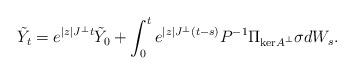
LaTeX: \begin{align*}\tilde{Y}_t = e^{|z| J^\perp t}\tilde{Y}_0 + \int_0^t e^{|z| J^\perp (t-s)}P^{-1}\Pi_{\mathrm{ker}A^\perp}\sigma dW_s.\end{align*}